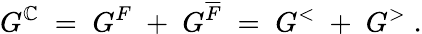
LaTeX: G^{\mathbb{C}}\; =\; G^{F}\; +\; G^{\overline{{{{F}}}}}\; =\; G^{<}\; +\; G^{>}\; .